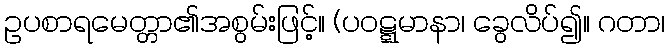
ဥပစာရမေတ္တာ၏အစွမ်းဖြင့်။ (ပဝဋ္ဋမာနာ၊ ခွေလိပ်၍။ ဂတာ၊